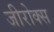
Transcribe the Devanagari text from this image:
जीरोक्स